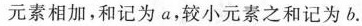
元素相加，和记为a，较小元素之和记为b.